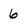
Character: 6